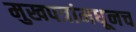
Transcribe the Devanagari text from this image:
मुखपत्रांमधूनच